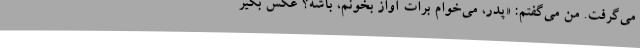
می‌گرفت. من می‌گفتم: «پدر، می‌خوام برات آواز بخونم، باشه؟ عکس بگیر